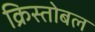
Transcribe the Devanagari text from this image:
क्रिस्तोबल